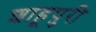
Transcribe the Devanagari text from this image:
शाहूपुरी